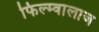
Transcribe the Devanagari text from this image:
फिल्म्वालाज